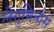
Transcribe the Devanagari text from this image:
लैगुमिनोसे